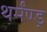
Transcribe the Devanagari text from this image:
थर्मंण्ड्